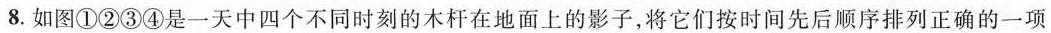
8.如图①②③④是一天中四个不同时刻的木杆在地面上的影子，将它们按时间先后顺序排列正确的一项